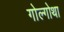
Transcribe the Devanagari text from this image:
गोल्गोथा